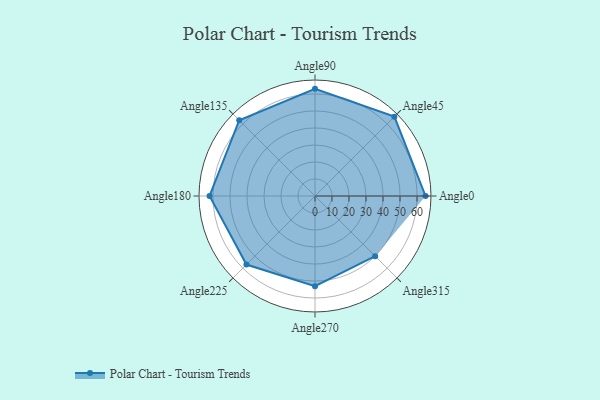
{"axis": {"x": "Angle", "y": "Radius"}, "legend": [""], "data": [{"x": "Angle0", "y": 65.0, "type": ""}, {"x": "Angle45", "y": 66.0, "type": ""}, {"x": "Angle90", "y": 63.0, "type": ""}, {"x": "Angle135", "y": 63.0, "type": ""}, {"x": "Angle180", "y": 62.0, "type": ""}, {"x": "Angle225", "y": 57.0, "type": ""}, {"x": "Angle270", "y": 53.0, "type": ""}, {"x": "Angle315", "y": 50, "type": ""}]}